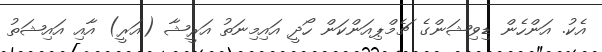
އެކު. އަންހެން ޑިވިޝަންގެ ޗެމްޕިއަންކަން ހޯދީ އައިމިނަތު އަރީޝާ (އަރީ) އާއި އައިޝަތު